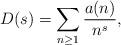
LaTeX: \begin{align*} D(s) = \sum_{n \geq 1} \frac{a(n)}{n^s},\end{align*}